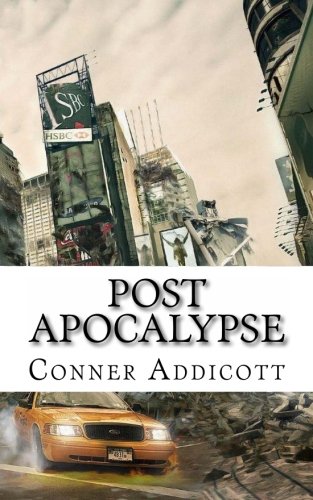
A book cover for Post Apocalypse: An Apocalypse Romance Novel (Volume 1); Conner Addicott; Romance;